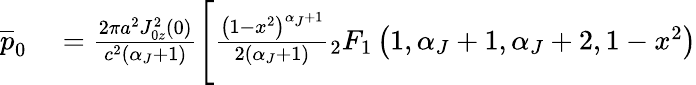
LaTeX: \begin{array}{rl}{\overline{{p}}_{0}}&{{}=\frac{2\pi a^{2}J_{0z}^{2}(0)}{c^{2}\left(\alpha_{J}+1\right)}\Bigg[\frac{\left(1-x^{2}\right)^{\alpha_{J}+1}}{2\left(\alpha_{J}+1\right)}{_2}F_{1}\left(1,\alpha_{J}+1,\alpha_{J}+2,1-x^{2}\right)}\end{array}